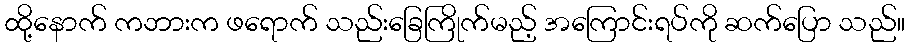
ထို့နောက် ကဘားက ဖရောက် သည်းခြေကြိုက်မည့် အကြောင်းရပ်ကို ဆက်ပြော သည်။